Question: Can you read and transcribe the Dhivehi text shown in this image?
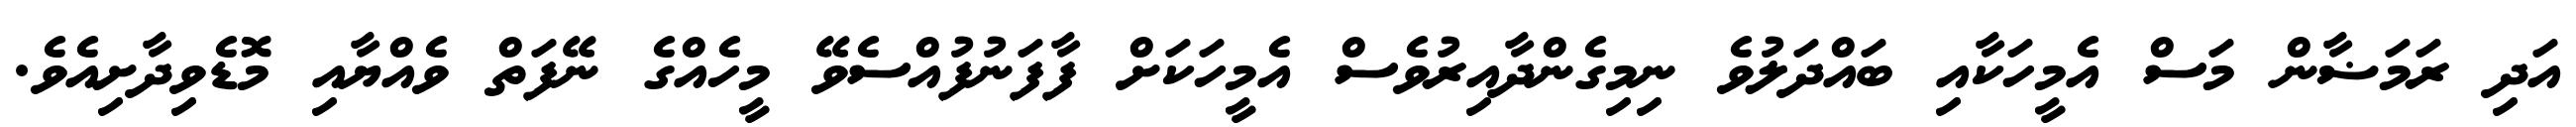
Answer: އަދި ރަމަޟާން މަސް އެމީހަކާއި ބައްދަލުވެ ނިމިގެންދާއިރުވެސް އެމީހަކަށް ފާފަނުފުއްސެވޭ މީހެއްގެ ނޭފަތް ވެއްޔާއި މޮޑެވިދާށިއެވެ.